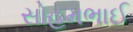
સોહમભાઈ